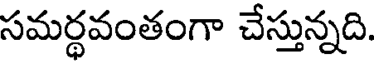
సమర్థవంతంగా చేస్తున్నది.